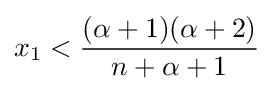
x_{1}<{\frac {(\alpha +1)(\alpha +2)}{n+\alpha +1}}